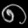
Digit: ၈